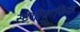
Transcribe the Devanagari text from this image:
स्टेगोग्राफिक